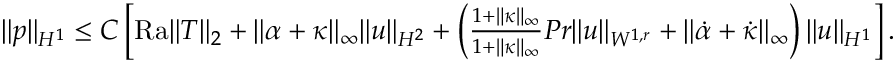
\begin{array} { r } { \| p \| _ { H ^ { 1 } } \leq C \left[ \mathrm { { R a } } \| T \| _ { 2 } + \| \alpha + \kappa \| _ { \infty } \| u \| _ { H ^ { 2 } } + \left( \frac { 1 + \| \kappa \| _ { \infty } } { 1 + \| \kappa \| _ { \infty } } { { P r } } \| u \| _ { W ^ { 1 , r } } + \| \dot { \alpha } + \dot { \kappa } \| _ { \infty } \right) \| u \| _ { H ^ { 1 } } \right] . } \end{array}